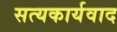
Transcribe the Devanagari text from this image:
सत्यकार्यवाद